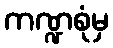
ကဏ္ဍစုံမှ